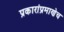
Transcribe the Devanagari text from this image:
प्रकारांप्रमाणेच